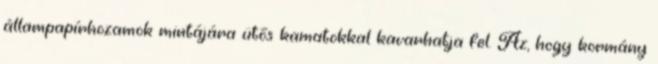
állampapírhozamok mintájára ütős kamatokkal kavarhatja fel. Az, hogy kormány